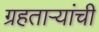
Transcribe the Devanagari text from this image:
ग्रहताऱ्यांची